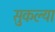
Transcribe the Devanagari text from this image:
सुकल्या